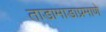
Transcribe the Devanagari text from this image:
ताडामाडाप्रमाणे